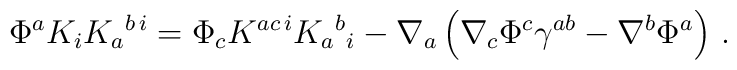
\Phi^a K_i K_a{}^{b\,i} =\Phi_c K^{ac\,i} K_a{}^b{}_i - \nabla_a \left(  \nabla_c \Phi^c\gamma^{ab} - \nabla^b \Phi^a \right)\,.